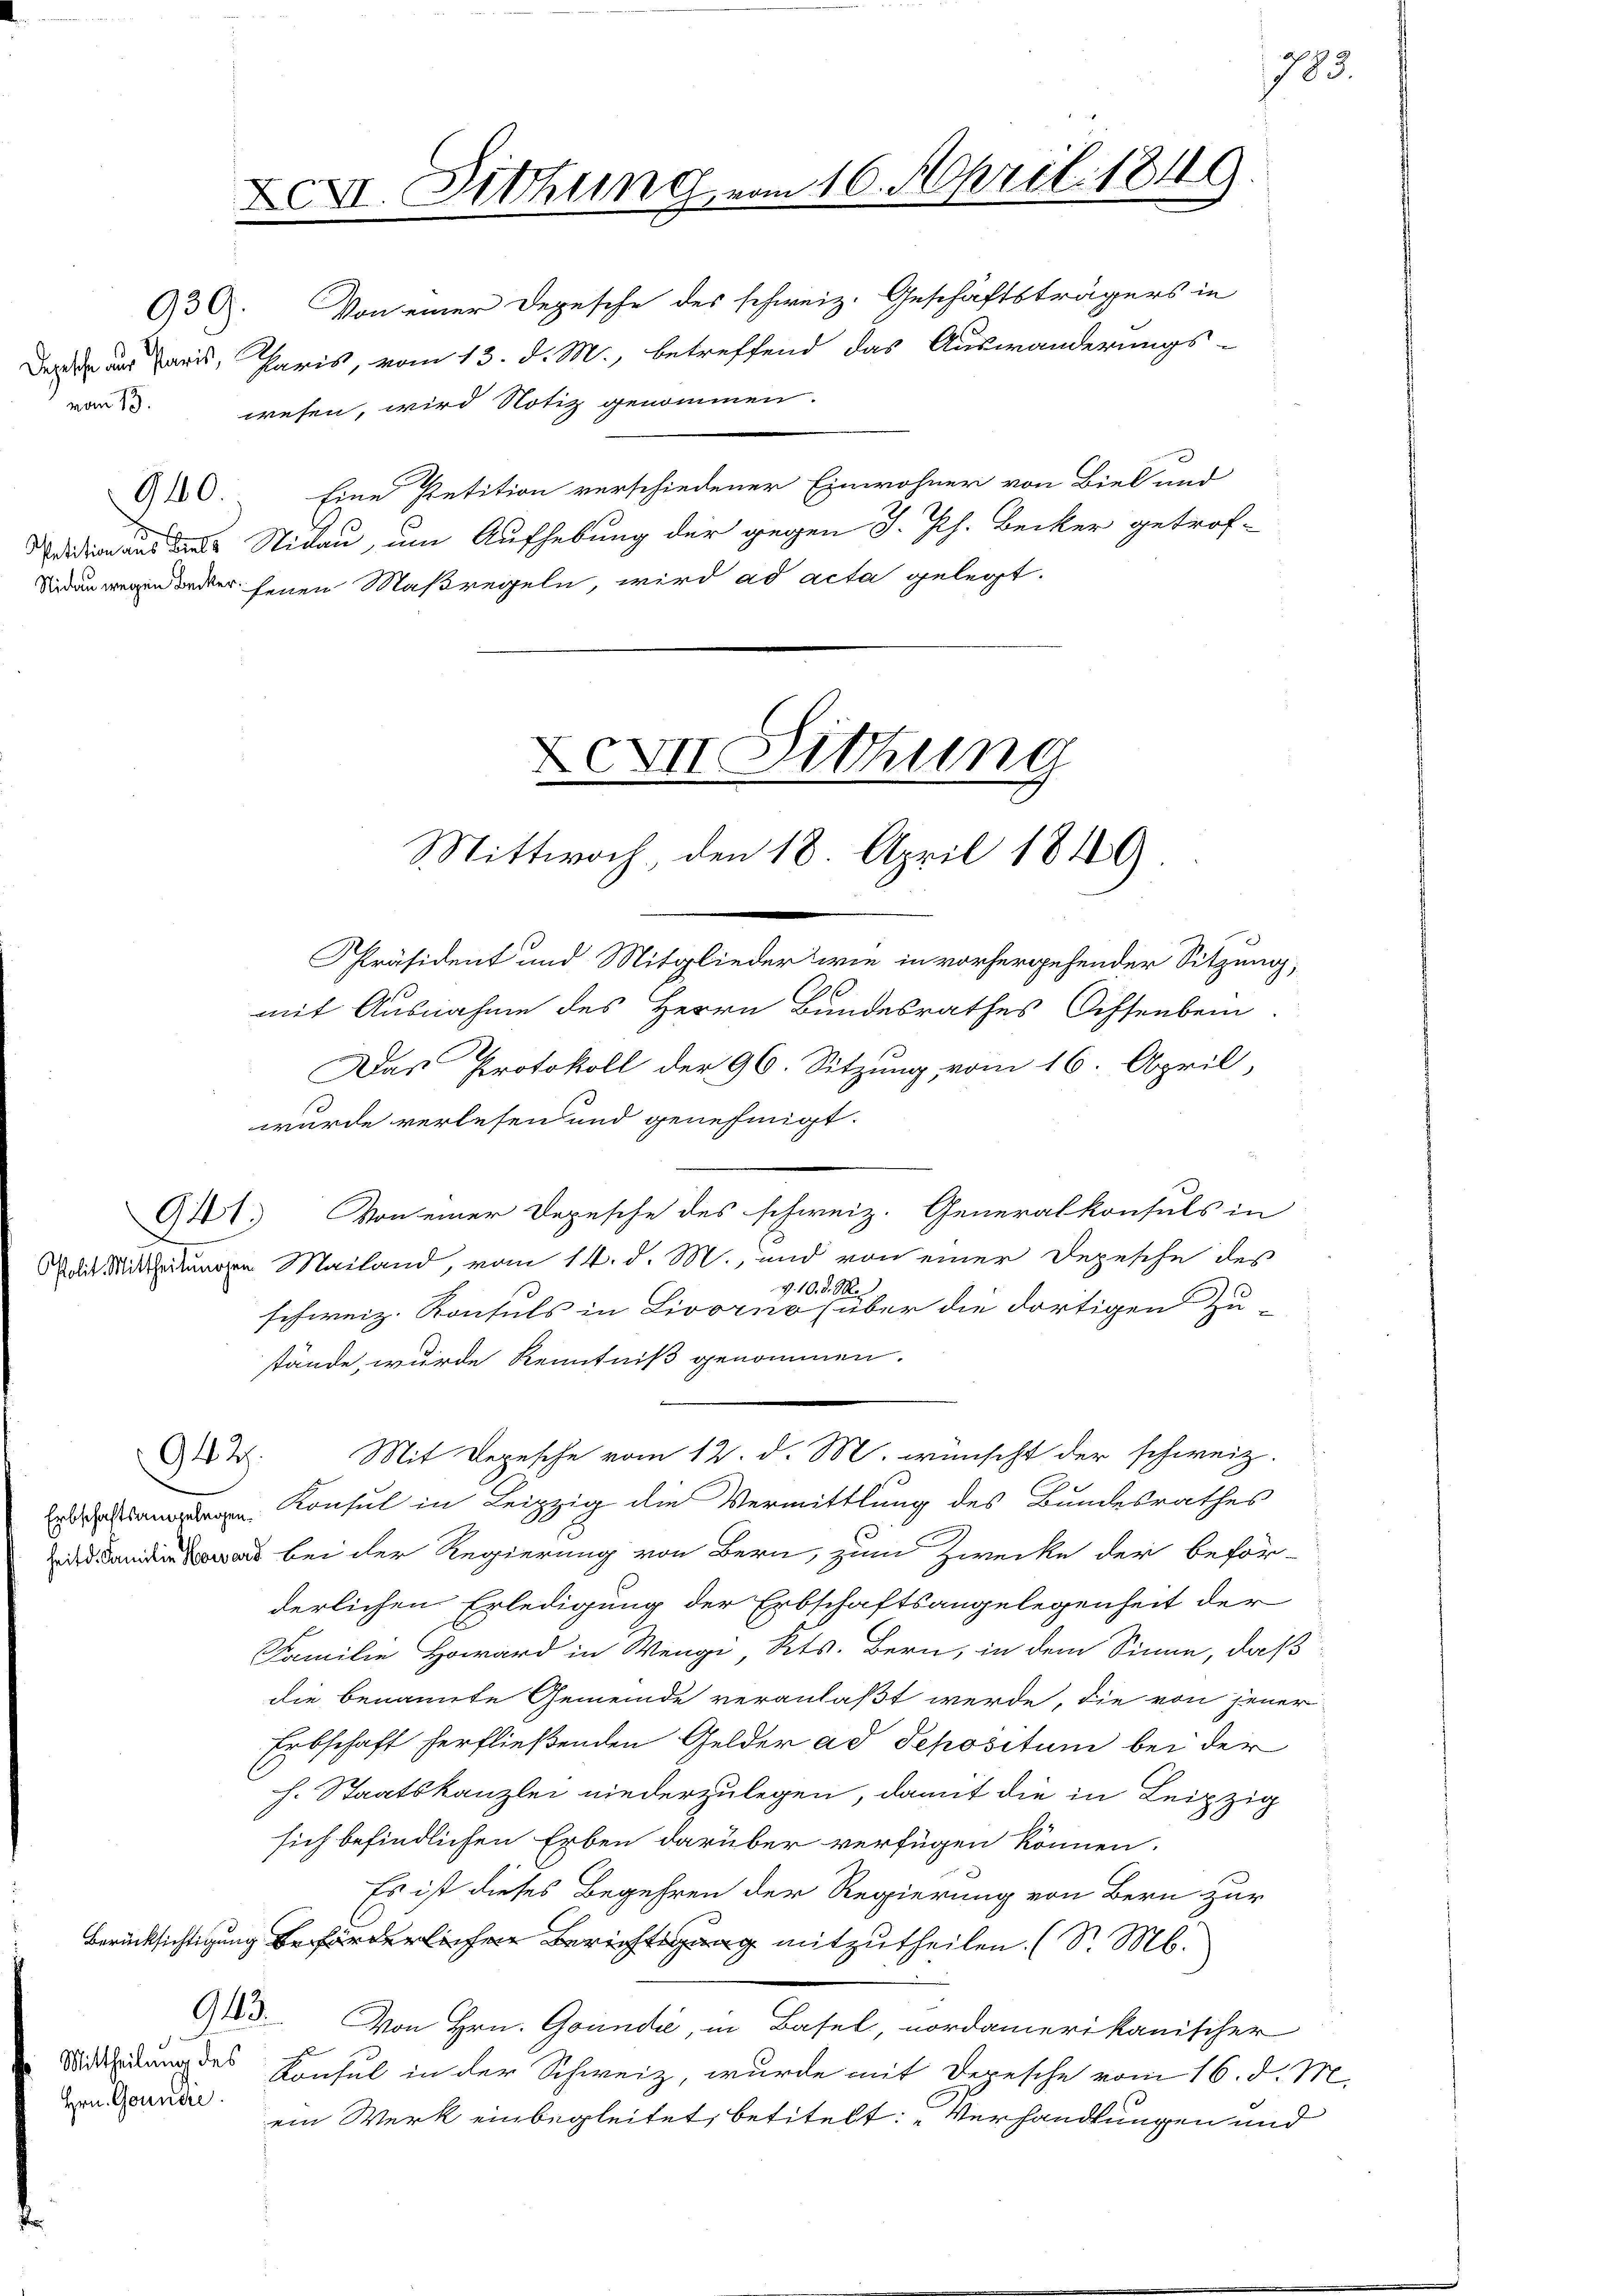
Depesche aus Paris,
vom 13.

942.

Mittheilung des
Hrn. Gountre

XXI. Sitzung vom 16. April 1849

930. Von einer Depesche des schweiz. Geschäftsträgers in
Paris, vom 13. d. M., betreffend das Auswanderungs-
wesen, wird Notiz genommen.
90. Eine Petition verschiedener Einwohner von Biel und
didion aus des Nidau, um Aufhebung der gegen J. Ph. Becker getrof-
n weder seien Maßregeln, wird ad acta gelegt.

XXXII Sitzung
Mittwoch, den 18. April 1849

Mit Depesche vom 12. d. M. wünscht der schweiz.

1783.

Präsident und Mitglieder wie in vorhergehender Sitzung,
e
mit Ausnahme des Herrn Bundesrathes Diffenbein
Das Protokoll der 96. Sitzung, vom 16. April,
wurde verlesen und genehmigt.
941. Von einer Depesche des schweiz. Generalkonsuls in
die Miterungen Mailand, vom 14. d. M., und von einer Depesche des
v. 10. d. M.
schweiz. Konsuls in Livorno (über die dortigen Zu-
stände, wurde Kenntniß genommen.
 Konsul in Leipzig die Vermittlung des Bundesrathes
 bei der Regierung von Bern, zum Zwecke der beför-
derlichen Erledigung der Erbschaftsangelegenheit der
FFamilie Howard in Wengi, Kts. Bern, in dem Sinne, daß
die benannte Gemeinde veranlaßt werde, die von jener
Erbschaft herfließenden Gelder ad Sepositum bei der
h. Staatskanzlei niederzulegen, damit die in Leipzig
sich befindlichen Erben darüber verfügen können.
Es ist dieses Begehren der Regierung von Bern zur
Berücksichtigung beförderlichen Berichtsgang mitzutheilen. (S. M.
943.
Von Hrn. Goundie, in Basel, nordamerikanischer
Konsul in der Schweiz, wurde mit Depesche vom 16. d. M.
ein Werk einbegleitet, betitelt: „Verhandlungen und